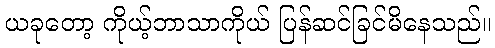
ယခုတော့ ကိုယ့်ဘာသာကိုယ် ပြန်ဆင်ခြင်မိနေသည်။